Scottish Leaving Certificate Examination, 1955
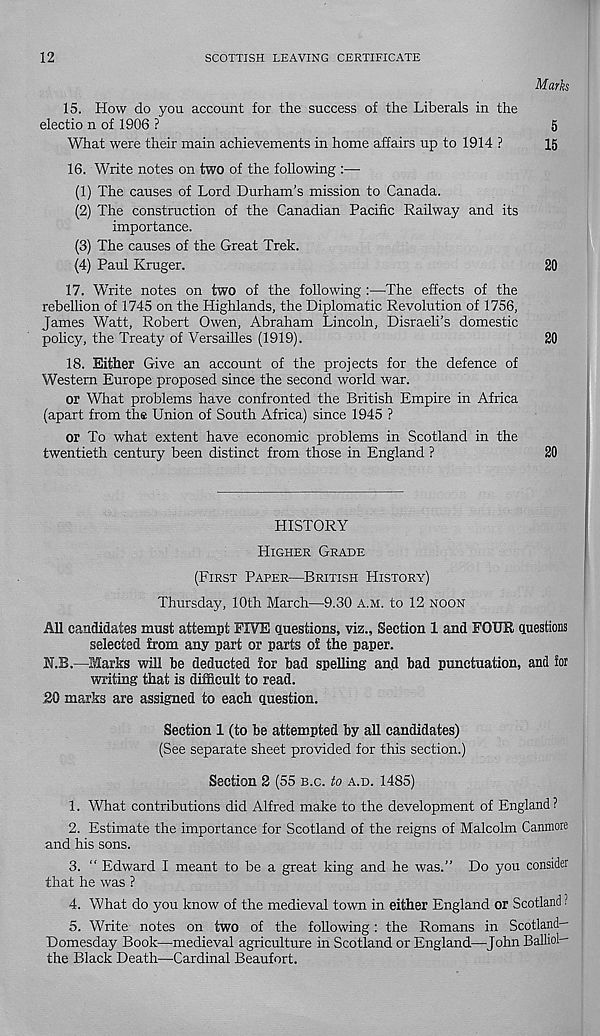
12
SCOTTISH LEAVING CERTIFICATE
Mark
15. How do you account for the success of the Liberals in the
electio n of 1906 ?
5
What were their main achievements in home affairs up to 1914 ?
15
16. Write notes on two of the following :—
(1) The causes of Lord Durham’s mission to Canada.
(2) The construction of the Canadian Pacific Railway and its
importance.
(3) The causes of the Great Trek.
(4) Paul Kruger.
20
17. Write notes on two of the following :—The effects of the
rebellion of 1745 on the Highlands, the Diplomatic Revolution of 1756,
James Watt, Robert Owen, Abraham Lincoln, Disraeli’s domestic
policy, the Treaty of Versailles (1919).
20
18. Either Give an account of the projects for the defence of
Western Europe proposed since the second world war.
or What problems have confronted the British Empire in Africa
(apart from the Union of South Africa) since 1945 ?
or To what extent have economic problems in Scotland in the
twentieth century been distinct from those in England ?
20
HISTORY
HIGHER GRADE
(FIRST PAPER—BRITISH HISTORY)
Thursday, 10th March—9.30 A.M. to 12 NOON
All candidates must attempt FIVE questions, viz., Section 1 and FOUR questions
selected from any part or parts of the paper.
N.B.—Marks will be deducted for bad spelling and bad punctuation, and for
writing that is difficult to read.
.20 marks are assigned to each question.
Section 1 (to be attempted by all candidates)
(See separate sheet provided for this section.)
Section 2 (55 B.C. to A.D. 1485)
1. What contributions did Alfred make to the development of England ?
2. Estimate the importance for Scotland of the reigns of Malcolm Canmore
and his sons.
3. “ Edward I meant to be a great king and he was.” Do you consider
that he was ?
4. What do you know of the medieval town in either England or Scotland ?
5. Write notes on two of the following: the Romans in Scotland—
Domesday Book—medieval agriculture in Scotland or England—John Balliol—
the Black Death—Cardinal Beaufort.